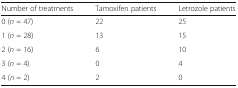
<table><thead><tr><td><b>Number of treatments</b></td><td><b>Tamoxifen patients</b></td><td><b>Letrozole patients</b></td></tr></thead><tbody><tr><td>0 (<i>n</i> = 47)</td><td>22</td><td>25</td></tr><tr><td>1 (<i>n</i> = 28)</td><td>13</td><td>15</td></tr><tr><td>2 (<i>n</i> = 16)</td><td>6</td><td>10</td></tr><tr><td>3 (<i>n</i> = 4)</td><td>0</td><td>4</td></tr><tr><td>4 (<i>n</i> = 2)</td><td>2</td><td>0</td></tr></tbody></table>